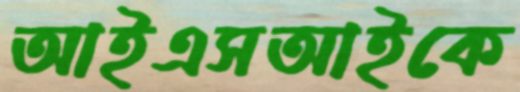
আইএসআইকে